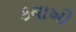
કથાઓ